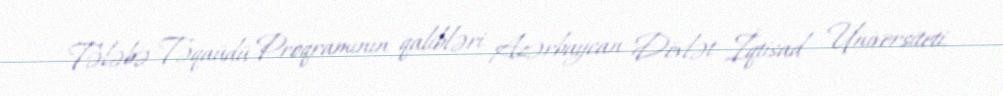
Tələbə Təqaüdü Proqramının qalibləri Azərbaycan Dövlət İqtisad Universiteti,